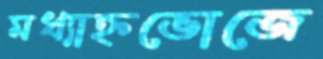
মধ্যাহ্নভোজে